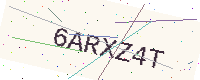
Text: 6ARXZ4T